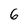
Character: 6